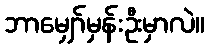
ဘာမျှော်မှန်းဦးမှာလဲ။